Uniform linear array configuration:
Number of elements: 64
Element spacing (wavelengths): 0.5
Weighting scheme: cosine
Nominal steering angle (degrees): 0
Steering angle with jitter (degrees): -0.532
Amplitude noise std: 0.05
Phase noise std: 0.05

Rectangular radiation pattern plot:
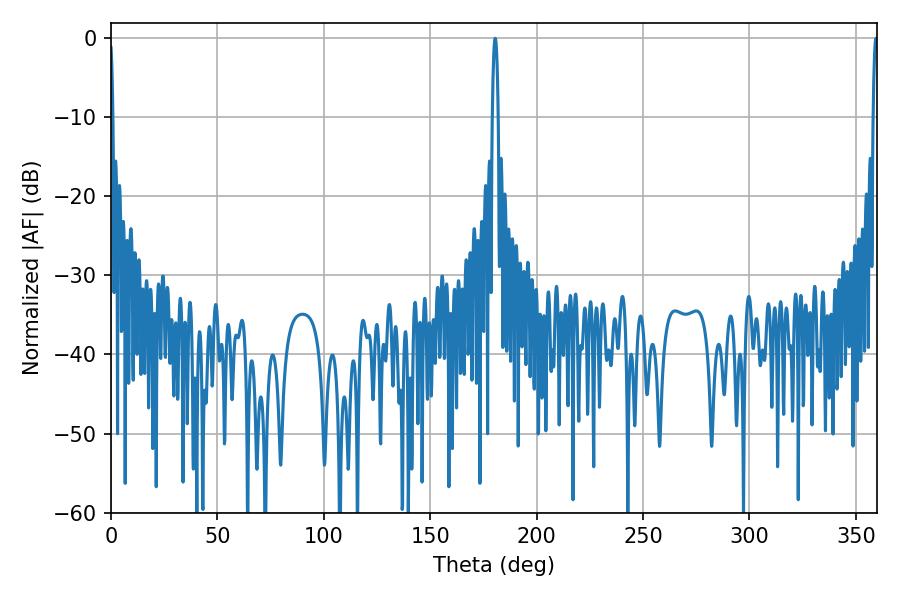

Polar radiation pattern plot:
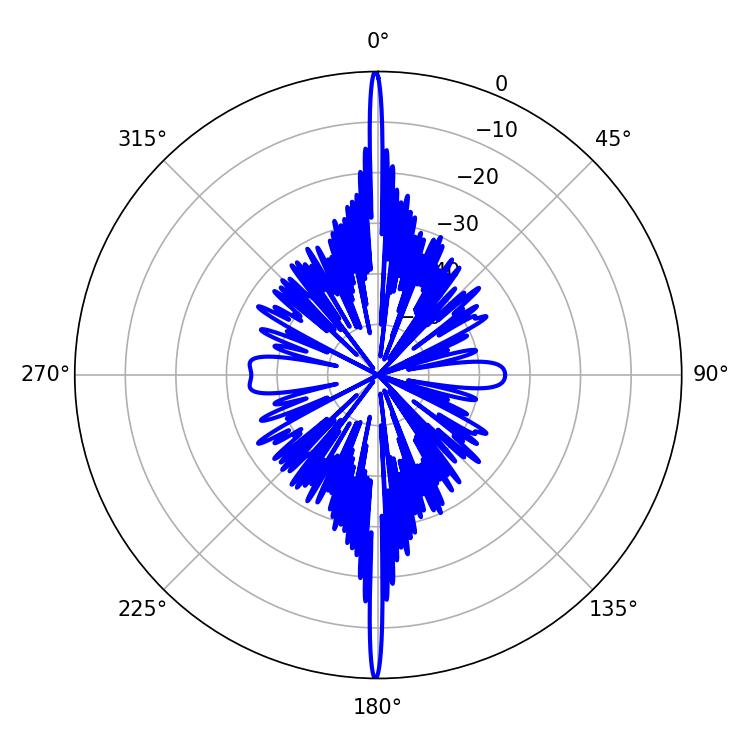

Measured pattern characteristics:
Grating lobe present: FALSE
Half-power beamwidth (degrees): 1.44
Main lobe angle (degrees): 180.54